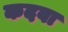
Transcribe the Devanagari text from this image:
कदवा